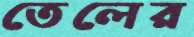
তেলের